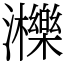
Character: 𤄿